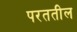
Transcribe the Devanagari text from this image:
परततील